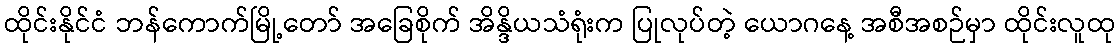
ထိုင်းနိုင်ငံ ဘန်ကောက်မြို့တော် အခြေစိုက် အိန္ဒိယသံရုံးက ပြုလုပ်တဲ့ ယောဂနေ့ အစီအစဉ်မှာ ထိုင်းလူထု